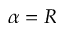
\alpha = R